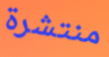
منتشرة